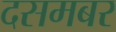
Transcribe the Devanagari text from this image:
दसमबर